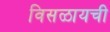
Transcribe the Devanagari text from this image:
विसळायची